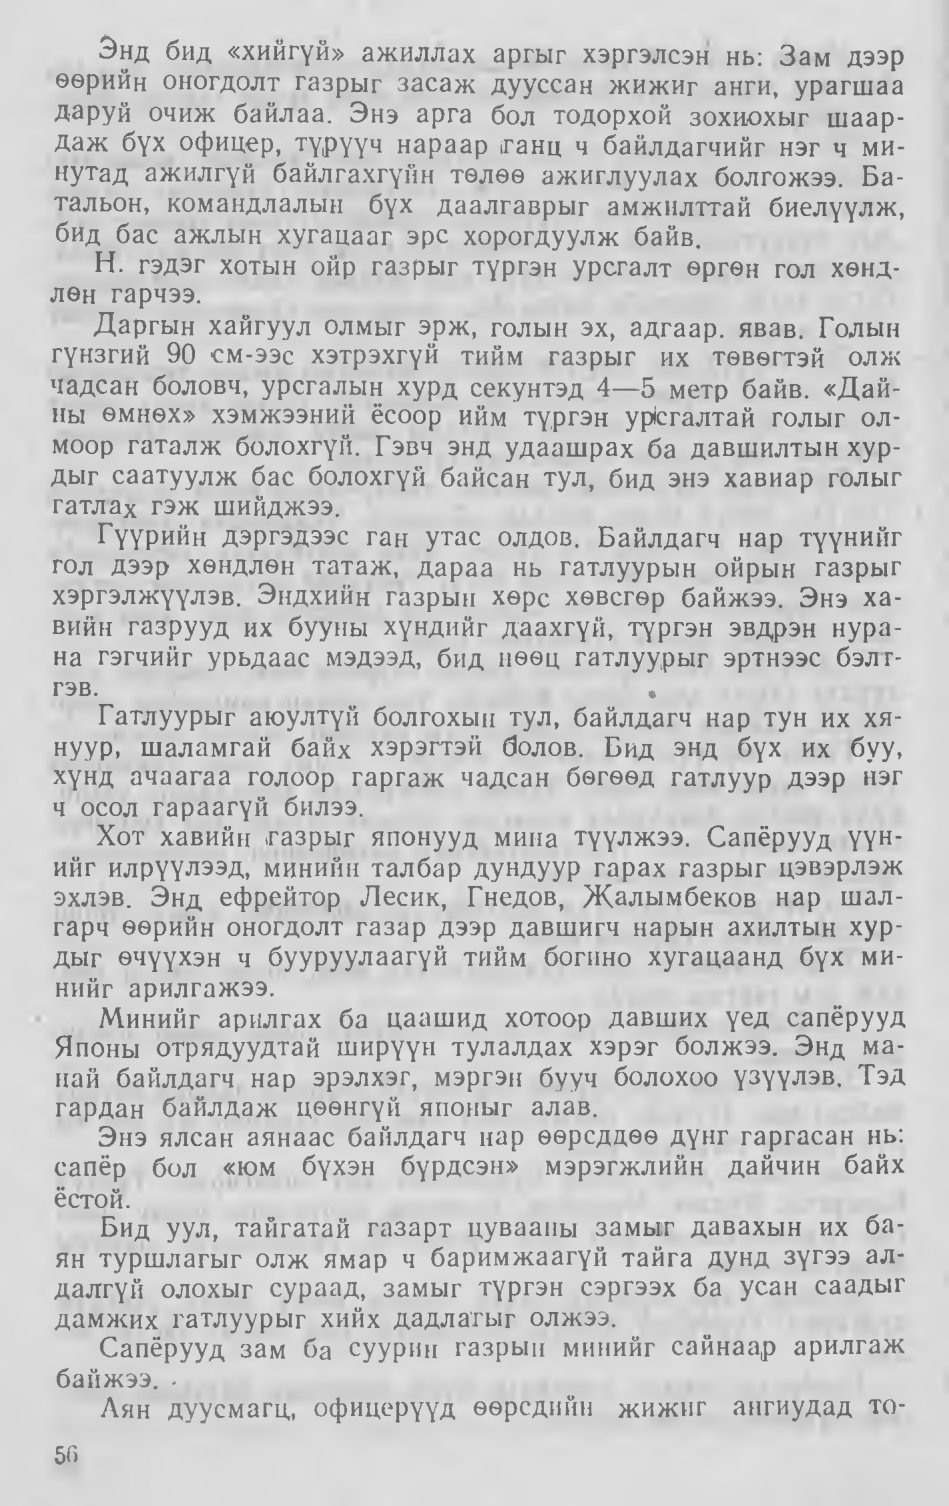
Language: mn